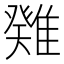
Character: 𩀁